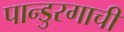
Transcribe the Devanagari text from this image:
पान्डुरगाची